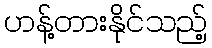
ဟန့်တားနိုင်သည့်